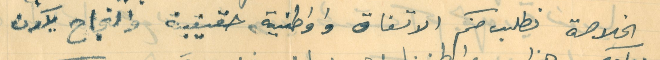
الخلاصة نطلب منكم الاتفاق واواطنية حقيقية والنجاح يكون